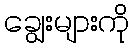
ချွေးများကို